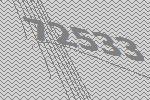
72533